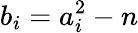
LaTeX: b_{i}=a_{i}^{2}-n